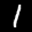
Label: 1